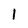
Character: 1